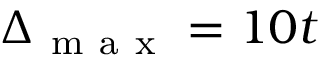
\Delta _ { \mathrm { ~ m ~ a ~ x ~ } } = 1 0 t